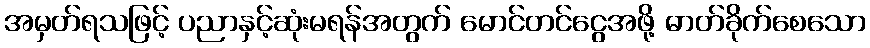
အမှတ်ရသဖြင့် ပညာနှင့်ဆုံးမရန်အတွက် မောင်တင်ငွေအဖို့ ဓာတ်ခိုက်စေသော